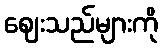
ဈေးသည်များကို